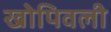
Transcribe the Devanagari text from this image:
खोपिवली